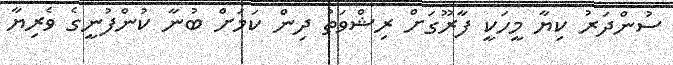
ސުންދަރު ކިޔާ މީހަކީ ފާރޫގަށް ރިޝްވަތު ދިން ކަމަށް ބުނާ ކުންފުނީގެ ވެރިޔާ